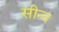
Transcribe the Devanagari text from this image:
सीन्द